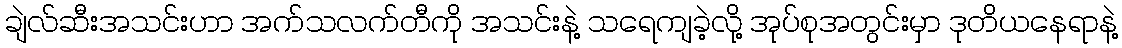
ချဲလ်ဆီးအသင်းဟာ အက်သလက်တီကို အသင်းနဲ့ သရေကျခဲ့လို့ အုပ်စုအတွင်းမှာ ဒုတိယနေရာနဲ့